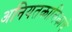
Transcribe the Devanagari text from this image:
अनियतकालिकाचे